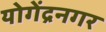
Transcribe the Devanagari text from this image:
योगेंद्रनगर